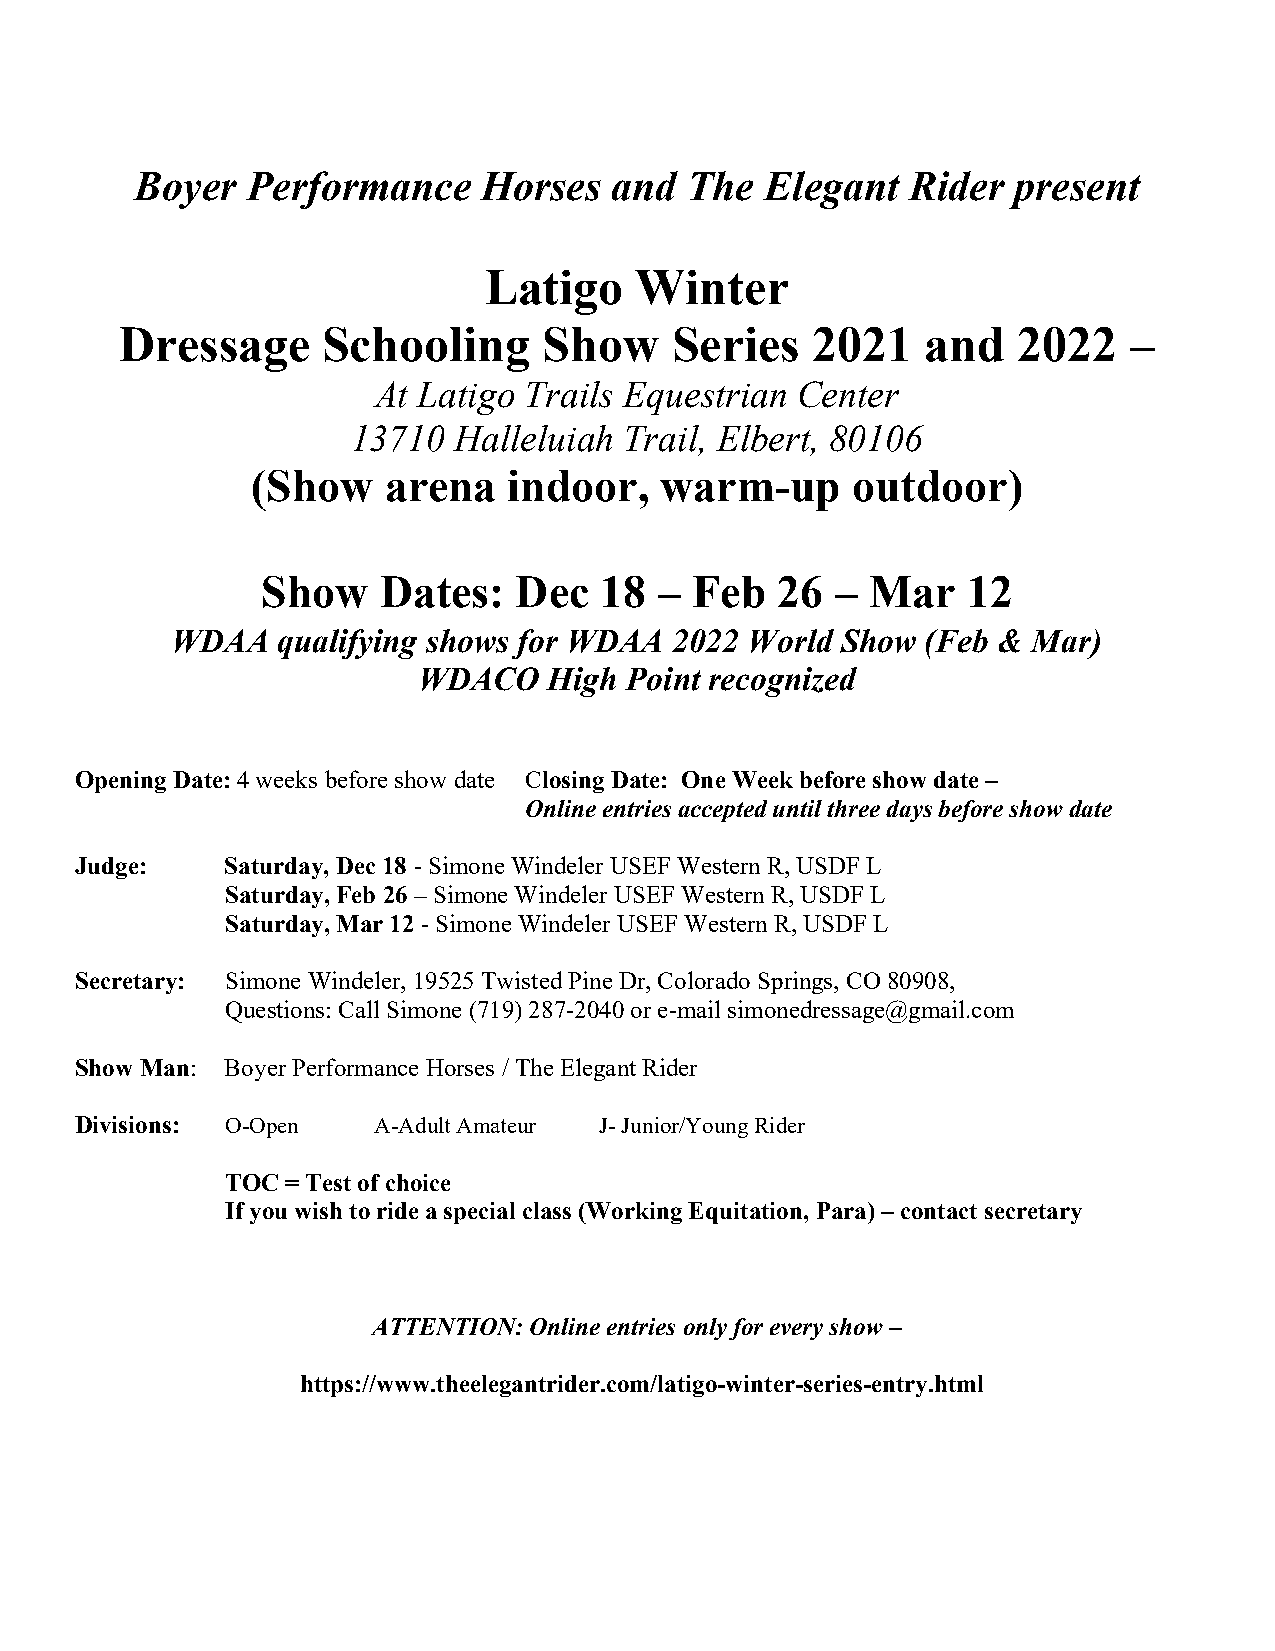
Boyer  Performance     Horses   and  The  Elegant  Rider  present
 Latigo    Winter
 Dressage     Schooling      Show    Series    2021   and   2022    –
 At Latigo Trails Equestrian Center
 13710  Halleluiah Trail, Elbert, 80106
 (Show   arena    indoor,   warm-up     outdoor)
 Show    Dates:   Dec   18  – Feb  26  –  Mar   12
 WDAA   qualifying shows for WDAA  2022 World Show (Feb & Mar)
 WDACO   High Point recognized
 Opening Date: 4 weeks before show date Closing Date: One Week before show date –
 Online entries accepted until three days before show date
 Judge:    Saturday, Dec 18 - Simone Windeler USEF Western R, USDF L
 Saturday, Feb 26 – Simone Windeler USEF Western R, USDF L
 Saturday, Mar 12 - Simone Windeler USEF Western R, USDF L
 Secretary: Simone Windeler, 19525 Twisted Pine Dr, Colorado Springs, CO 80908,
 Questions: Call Simone (719) 287-2040 or e-mail simonedressage@gmail.com
 Show Man: Boyer Performance Horses / The Elegant Rider
 Divisions: O-Open   A-Adult Amateur J- Junior/Young Rider
 TOC = Test of choice
 If you wish to ride a special class (Working Equitation, Para) – contact secretary
 ATTENTION: Online entries only for every show –
 https://www.theelegantrider.com/latigo-winter-series-entry.html